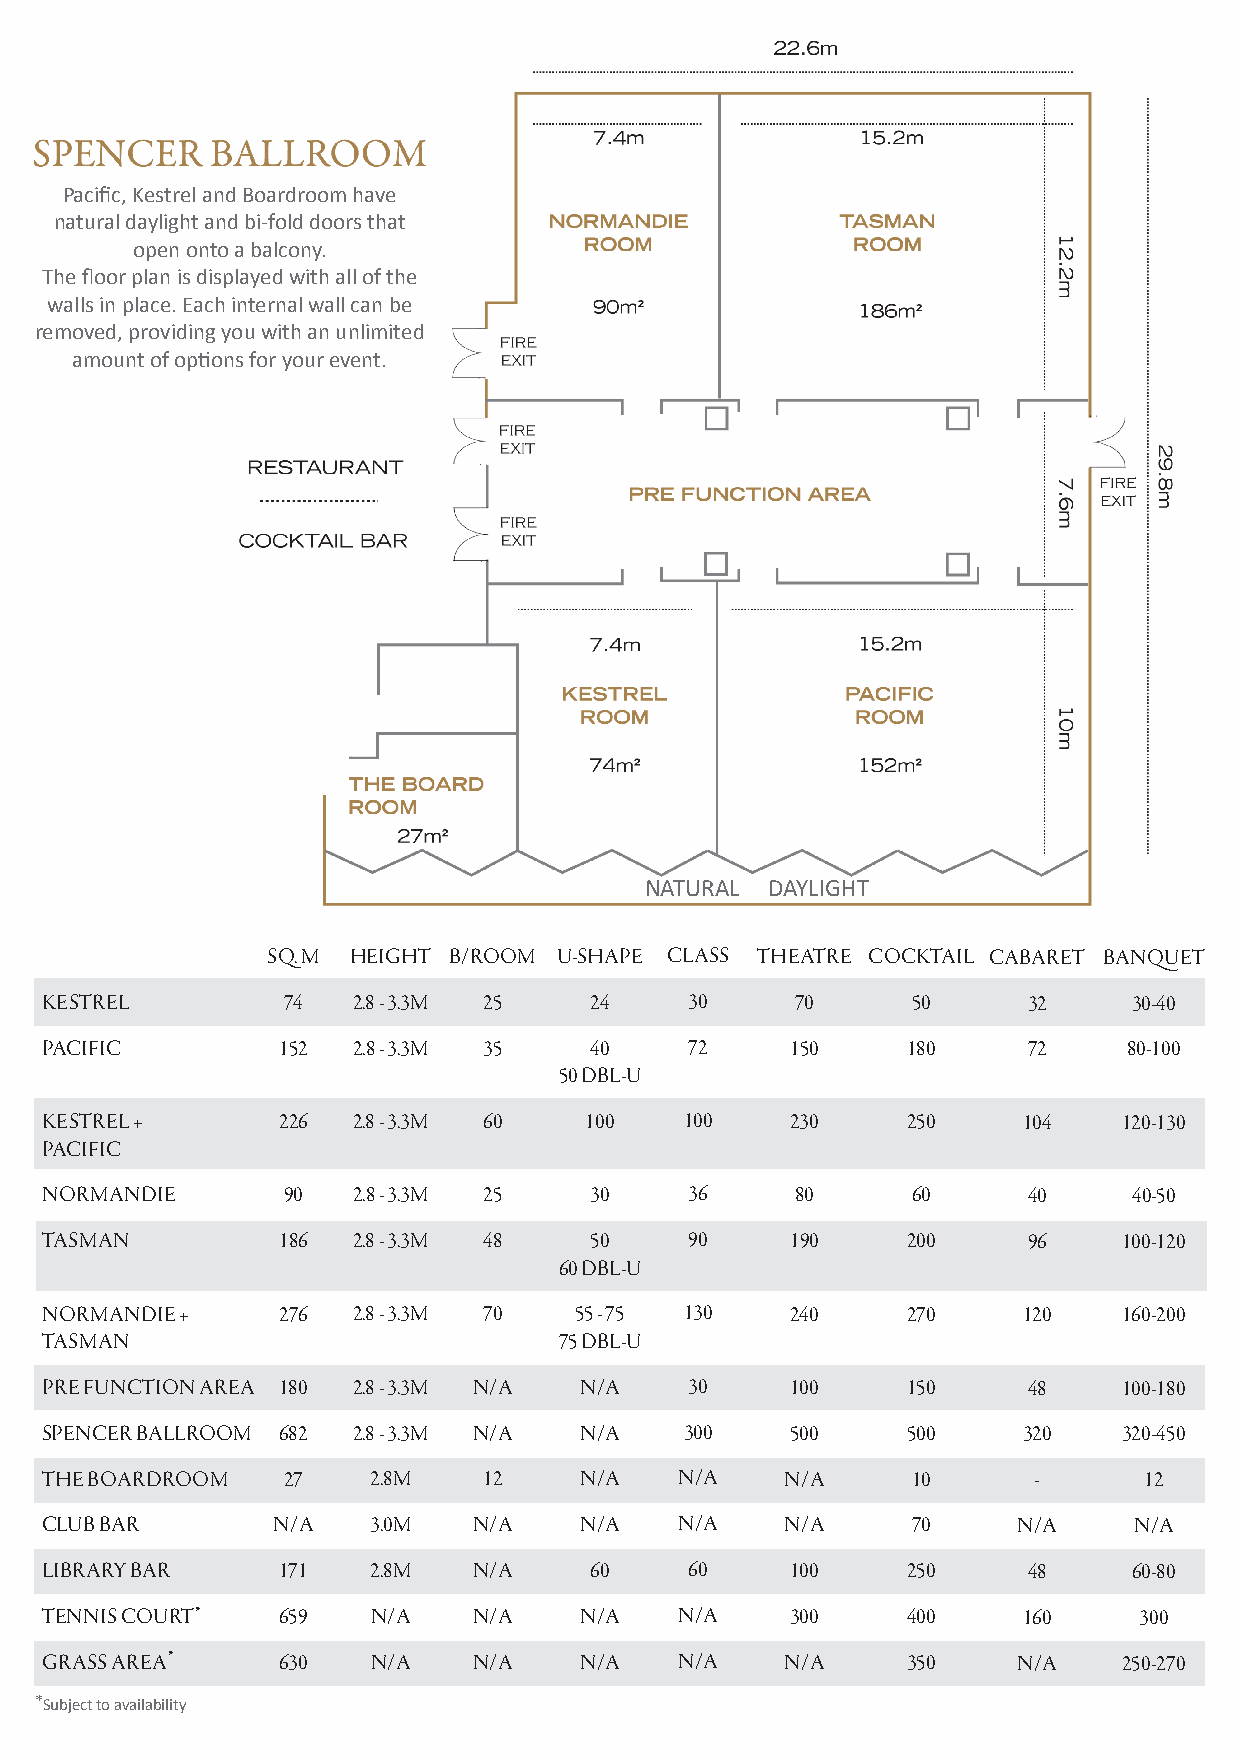
Pacific, Kestrel and Boardroom have
 natural daylight and bi-fold doors that
 open onto a balcony.
 The floor plan is displayed with all of the
 walls in place. Each internal wall can be
 removed, providing you with an unlimited
 amount of options for your event.
 NATURAL DAYLIGHT
 SQ. M HEIGHT B/ROOM U-SHAPE CLASS THEATRE COCKTAIL CABARET BANQUET
 KESTREL         74  2.8 - 3.3M 25   24     30     70     50      32     30-40
 PACIFIC        152  2.8 - 3.3M 35   40     72    150     180     72     80-100
 50 DBL-U
 KESTREL +      226  2.8 - 3.3M 60   100   100    230     250     104   120-130
 PACIFIC
 NORMANDIE       90  2.8 - 3.3M 25   30     36     80     60      40     40-50
 TASMAN         186  2.8 - 3.3M 48   50     90    190     200     96    100-120
 60 DBL-U
 NORMANDIE +    276  2.8 - 3.3M 70  55 - 75 130   240     270     120   160-200
 TASMAN                            75 DBL-U
 PRE FUNCTION AREA 180 2.8 - 3.3M N/A N/A   30    100     150     48    100-180
 SPENCER BALLROOM 682 2.8 - 3.3M N/A N/A   300    500     500     320   320-450
 THE BOARDROOM   27   2.8M    12    N/A    N/A    N/A     10      -       12
 CLUB BAR       N/A   3.0M   N/A    N/A    N/A    N/A     70     N/A     N/A
 LIBRARY BAR    171   2.8M   N/A     60     60    100     250     48     60-80
 TENNIS COURT*  659    N/A   N/A    N/A    N/A    300     400     160    300
 GRASS AREA*    630    N/A   N/A    N/A    N/A    N/A     350    N/A    250-270
 *Subject to availability